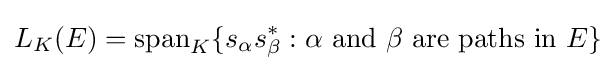
L_{K}(E)=\operatorname {span} _{K}\{s_{\alpha }s_{\beta }^{*}:\alpha {\text{ and }}\beta {\text{ are paths in }}E\}